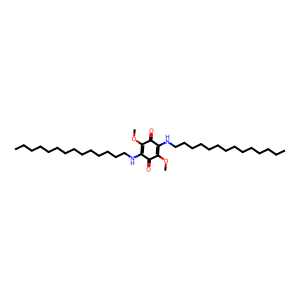
SMILES: CCCCCCCCCCCCCCNC1=C(OC)C(=O)C(NCCCCCCCCCCCCCC)=C(OC)C1=O
Inhibits HIV replication: No